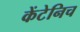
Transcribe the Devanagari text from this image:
केंटेनिच